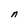
Character: n